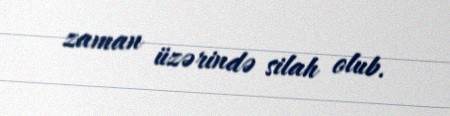
zaman üzərində silah olub.